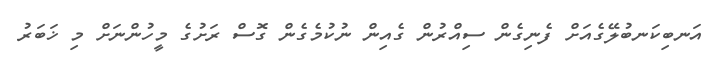
އަނބިކަނބުލޭގެއަށް ފެނިގެން ސިއްރުން ގެއިން ނުކުމެގެން ގޮސް ރަށުގެ މީހުންނަށް މި ޚަބަރު